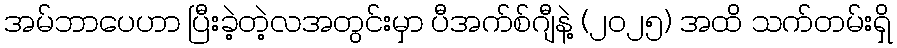
အမ်ဘာပေဟာ ပြီးခဲ့တဲ့လအတွင်းမှာ ပီအက်စ်ဂျီနဲ့ (၂၀၂၅) အထိ သက်တမ်းရှိ